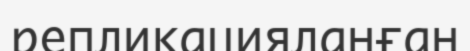
репликацияланған